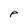
Character: e